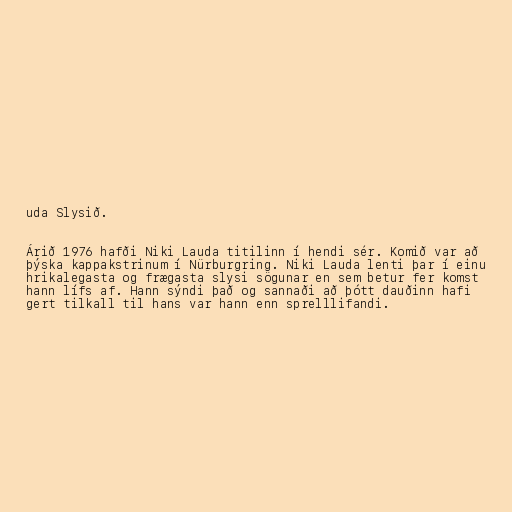
uda Slysið.

Árið 1976 hafði Niki Lauda titilinn í hendi sér. Komið var að
þýska kappakstrinum í Nürburgring. Niki Lauda lenti þar í einu
hrikalegasta og frægasta slysi sögunar en sem betur fer komst
hann lífs af. Hann sýndi það og sannaði að þótt dauðinn hafi
gert tilkall til hans var hann enn sprelllifandi.